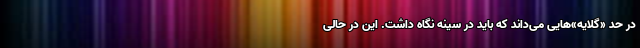
در حد «گلایه»‌هایی می‌داند که باید در سینه نگاه داشت. این در حالی